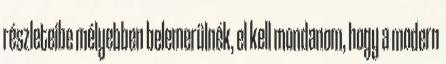
részleteibe mélyebben belemerülnék, el kell mondanom, hogy a modern